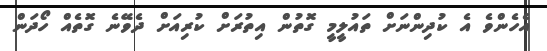
އެހެންވެ އެ ކުދިންނަށް ތައުލީމީ ގޮތުން އިތުރަށް ކުރިއަށް ދެވޭނެ ގޮތެއް ހޯދަން